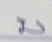
บน